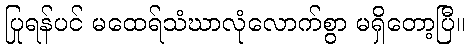
ပြုရန်ပင် မထေရ်သံဃာလုံလောက်စွာ မရှိတော့ပြီ။